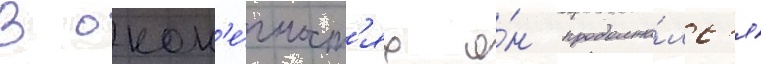
В окон'е́чност'ях о́н продолжа́лс'я